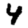
Digit: 4